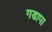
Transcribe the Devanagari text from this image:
गडापा